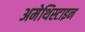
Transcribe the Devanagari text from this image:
अमेथिस्टाइन